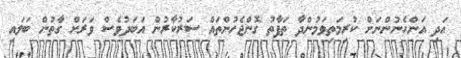
އަދި އަންހެނުންނަށް ކުރިމަތިވަމުންދާ ތަފާތު ގޮންޖެހުންތައް ސަރުކާރުން އަބަދުވެސް ވަރަށް ގާތުން ބަލައި